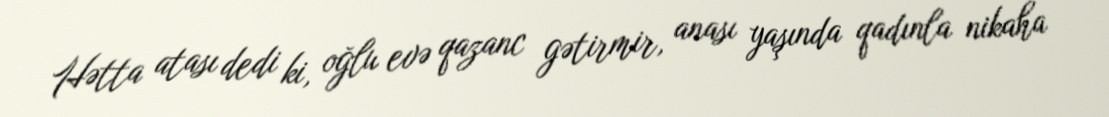
Hətta atası dedi ki, oğlu evə qazanc gətirmir, anası yaşında qadınla nikaha